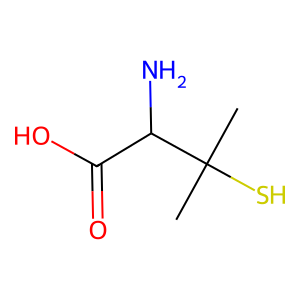
SMILES: CC(C)(S)C(N)C(=O)O
Inhibits HIV replication: No